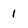
Character: 1